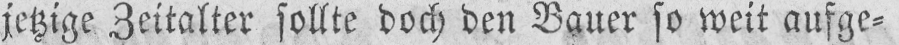
jetzige Zeitalter sollte doch den Bauer so weit aufge⸗